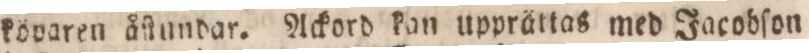
kövaren åſtundar. Ackord kan upprättas med Jacobſon